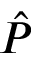
\hat { P }